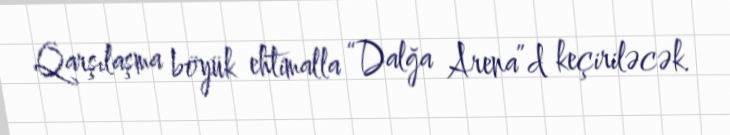
Qarşılaşma böyük ehtimalla “Dalğa Arena”d keçiriləcək.